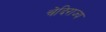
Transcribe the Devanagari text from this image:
चेदिराज्य